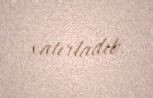
xatırladıb.